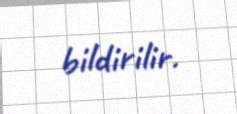
bildirilir.